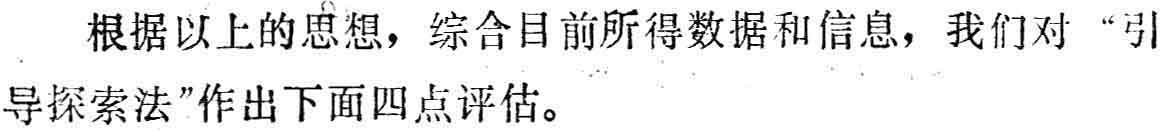
根据以上的思想，综合目前所得数据和信息，我们对“引导探索法”作出下面四点评估。